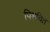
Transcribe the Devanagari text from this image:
पिशवित